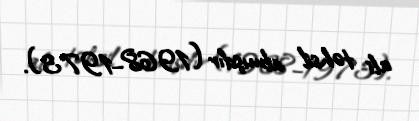
ali təhsil almışdır (1968–1973).